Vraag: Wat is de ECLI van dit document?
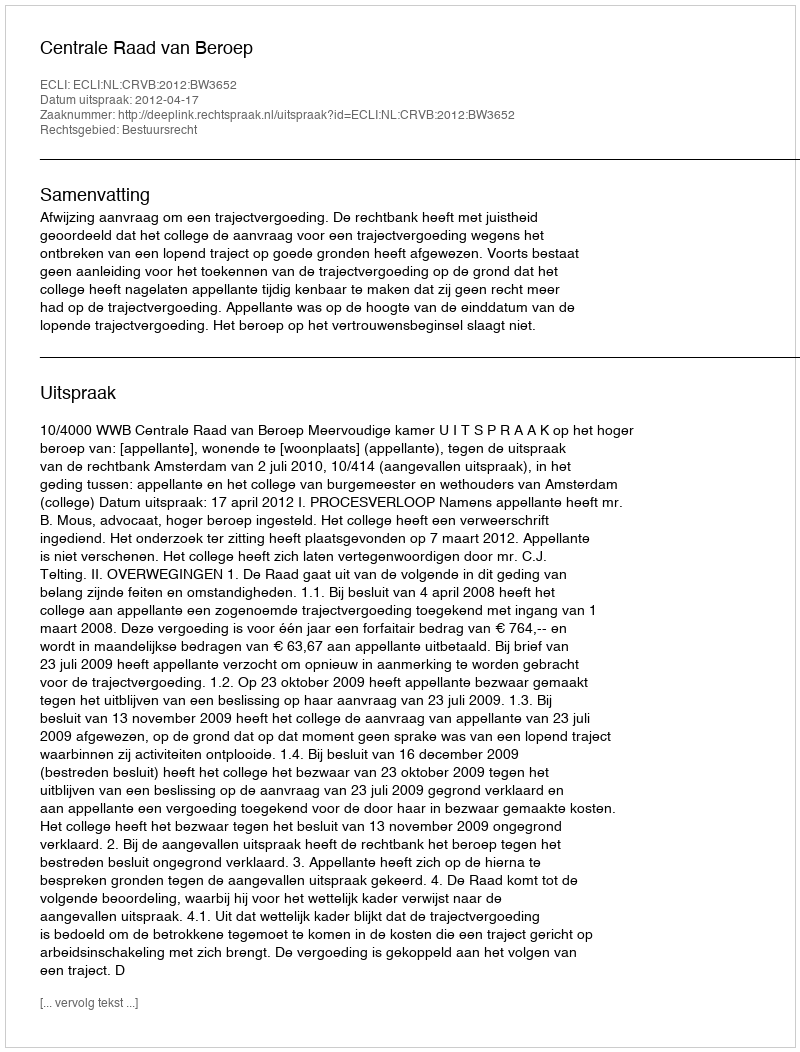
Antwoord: ECLI:NL:CRVB:2012:BW3652